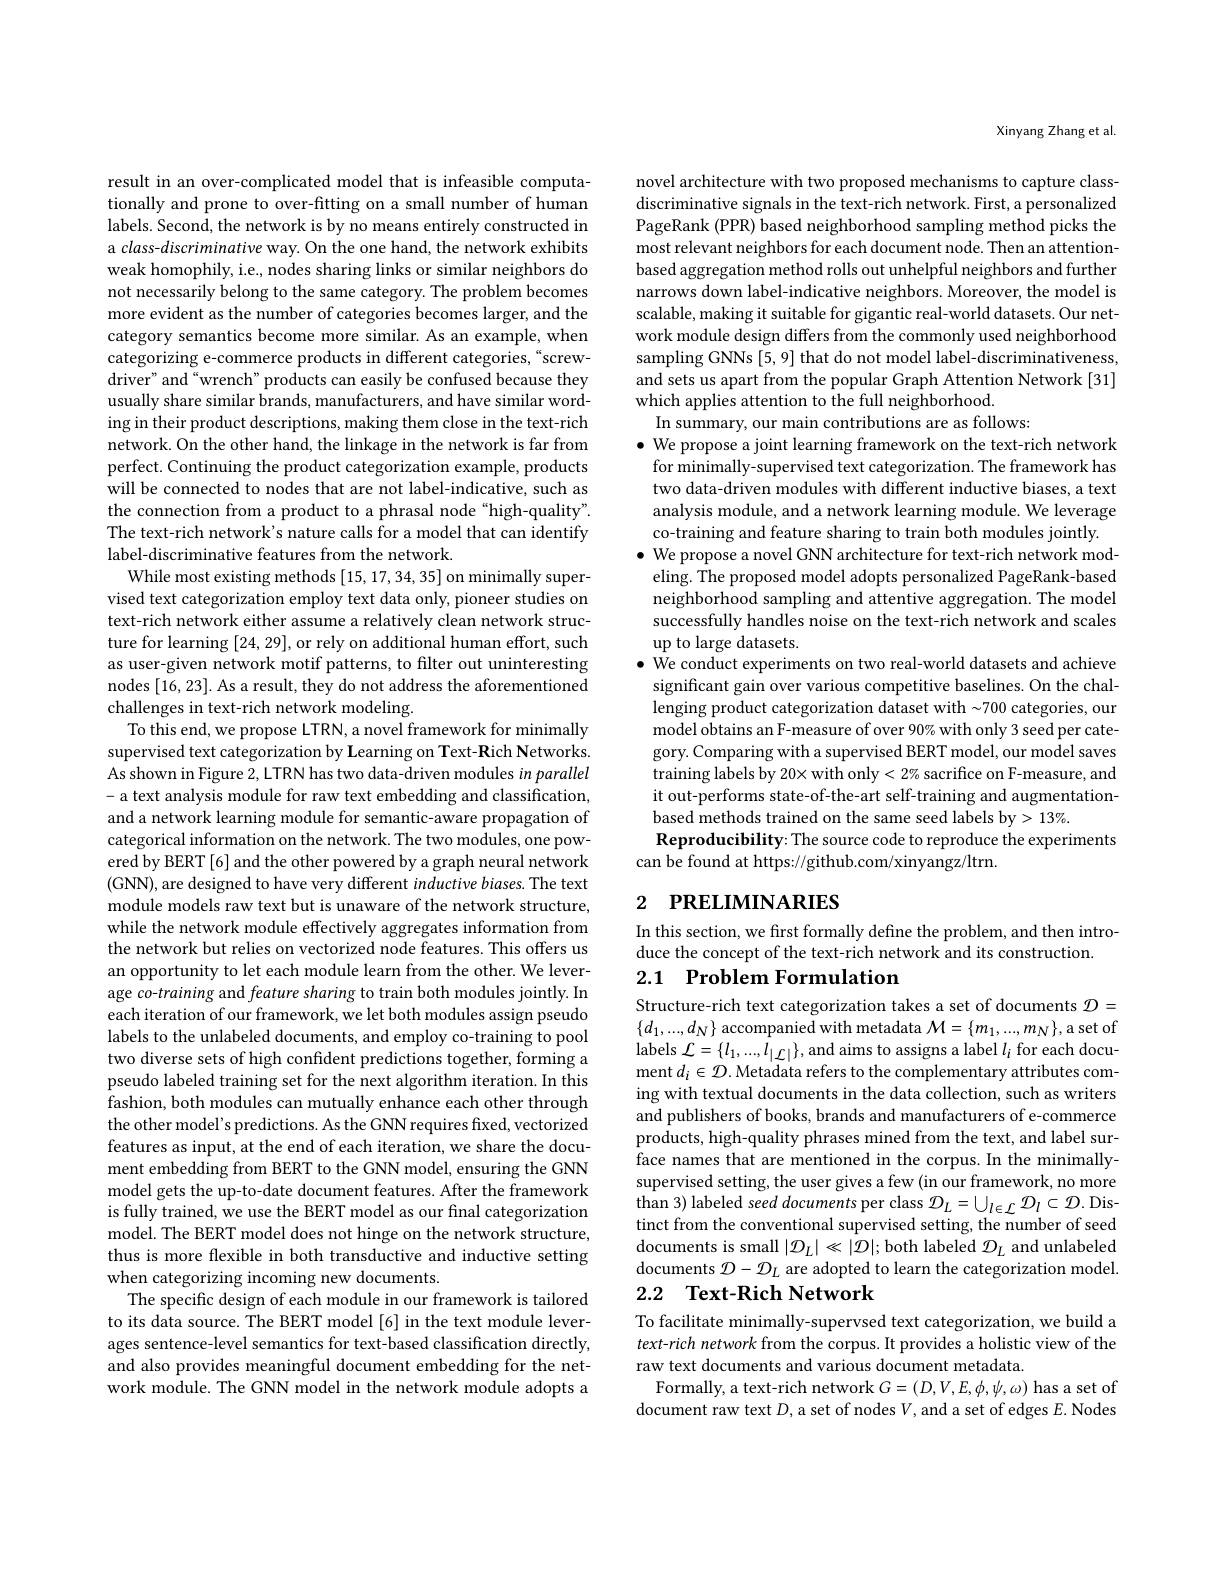
result in an over-complicated model that is infeasible computationally and prone to over-fitting on a small number of human labels. Second, the network is by no means entirely constructed in a class-discriminative way. On the one hand, the network exhibits weak homophily, i.e., nodes sharing links or similar neighbors do not necessarily belong to the same category. The problem becomes more evident as the number of categories becomes larger, and the category semantics become more similar. As an example, when categorizing e-commerce products in different categories,“screwdriver" and “wrench” products can easily be confused because they usually share similar brands, manufacturers, and have similar wording in their product descriptions, making them close in the text-rich network. On the other hand, the linkage in the network is far from perfect. Continuing the product categorization example, products will be connected to nodes that are not label-indicative, such as the connection from a product to a phrasal node "high-quality". The text-rich network's nature calls for a model that can identify label-discriminative features from the network.
While most existing methods [15,17,34,35] on minimally supervised text categorization employ text data only, pioneer studies on text-rich network either assume a relatively clean network structure for learning [24,29], or rely on additional human effort, such as user-given network motif patterns, to filter out uninteresting nodes [16,23]. As a result, they do not address the aforementioned challenges in text-rich network modeling.
To this end, we propose LTRN, a novel framework for minimally supervised text categorization by Learning on Text-Rich Networks. As shown in Figure 2, LTRN has two data-driven modules in parallel - a text analysis module for raw text embedding and classification, and a network learning module for semantic-aware propagation of categorical information on the network. The two modules, one powered by BERT [6] and the other powered by a graph neural network (GNN), are designed to have very different inductive biases. The text module models raw text but is unaware of the network structure, while the network module effectively aggregates information from the network but relies on vectorized node features. This offers us an opportunity to let each module learn from the other. We leverage co-training and feature sharing to train both modules jointly. In each iteration of our framework, we let both modules assign pseudo labels to the unlabeled documents, and employ co-training to pool two diverse sets of high confident predictions together, forming a pseudo labeled training set for the next algorithm iteration. In this fashion, both modules can mutually enhance each other through the other model's predictions. As the GNN requires fixed, vectorized features as input, at the end of each iteration, we share the document embedding from BERT to the GNN model, ensuring the GNN model gets the up-to-date document features. After the framework is fully trained, we use the BERT model as our fnal categorization model. The BERT model does not hinge on the network structure, thus is more flexible in both transductive and inductive setting when categorizing incoming new documents.
The specific design of each module in our framework is tailored to its data source. The BERT model[6] in the text module leverages sentence-level semantics for text-based classification directly, and also provides meaningful document embedding for the network module. The GNN model in the network module adopts a

Xinyang Zhang et al.

novel architecture with two proposed mechanisms to capture classdiscriminative signals in the text-rich network. First, a personalized PageRank (PPR) based neighborhood sampling method picks the most relevant neighbors for each document node. Then an attentionbased aggregation method rolls out unhelpful neighbors and further narrows down label-indicative neighbors. Moreover, the model is scalable, making it suitable for gigantic real-world datasets. Our network module design differs from the commonly used neighborhood sampling GNNs [5,9] that do not model label-discriminativeness, and sets us apart from the popular Graph Attention Network [31] which applies attention to the full neighborhood.
In summary, our main contributions are as follows:
$\bullet$ We propose a joint learning framework on the text-rich network for minimally-supervised text categorization. The framework has two data-driven modules with different inductive biases, a text analysis module, and a network learning module. We leverage co-training and feature sharing to train both modules jointly.
$\bullet$ We propose a novel GNN architecture for text-rich network modeling. The proposed model adopts personalized PageRank-based neighborhood sampling and attentive aggregation. The model successfully handles noise on the text-rich network and scales up to large datasets.
$\bullet$ We conduct experiments on two real-world datasets and achieve significant gain over various competitive baselines. On the challenging product categorization dataset with~700 categories, our model obtains an F-measure of over 90% with only 3 seed per category. Comparing with a supervised BERT model, our model saves training labels by 20× with only < 2% sacrifice on F-measure, and it out-performs state-of-the-art self-training and augmentationbased methods trained on the same seed labels by> 13%.
Reproducibility: The source code to reproduce the experiments
can be found at https://github.com/xinyangz/ltrn.

# 2 РRELIMINARIES

In this section, we first formally define the problem, and then intro-
duce the concept of the text-rich network and its construction.

2.1 $\textbf{Problem Formulation}$

Structure-rich text categorization takes a set of documents $\mathcal{D}=$ $\{d_1,...,d_N\}$ accompanied with metadata $\mathcal M=\{m_1,...,m_N\}$,a set of labels $\mathcal{L}=\{l_1,...,l_{|\mathcal{L}|}\}$,and aims to assigns a label $l_i$ for each document $d_i\in\mathcal{D}.$ Metadata refers to the complementary attributes coming with textual documents in the data collection, such as writers and publishers of books, brands and manufacturers of e-commerce products, high-quality phrases mined from the text, and label surface names that are mentioned in the corpus. In the minimallysupervised setting, the user gives a few (in our framework, no more than 3) labeled seed documents per class $\mathcal{D}_L=\cup_{l\in\mathcal{L}}\mathcal{D}_l\subset\mathcal{D}.$Distinct from the conventional supervised setting, the number of seed documents is small $|\mathcal{D}_L|\ll|\mathcal{D}|;$ both labeled $\mathcal{D}_L$ and unlabeled documents $\mathcal{D}-\mathcal{D}_L$ are adopted to learn the categorization model.

### 2.2 $\textbf{Text- Rich Network}$

To facilitate minimally-supervsed text categorization, we build a text-rich network from the corpus. It provides a holistic view of the raw text documents and various document metadata.
Formally, a text-rich network $G=(D,V,E,\phi,\psi,\omega)$ has a set of document raw text $D$, a set of nodes $V$, and a set of edges $E.$ Nodes